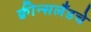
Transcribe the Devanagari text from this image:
क्वीन्सलँडचे